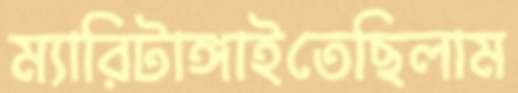
ম্যারিটাঙ্গাইতেছিলাম